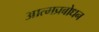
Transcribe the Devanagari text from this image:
आत्मप्रबोधन